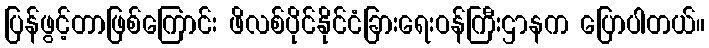
ပြန်ဖွင့်တာဖြစ်ကြောင်း ဖိလစ်ပိုင်နိုင်ငံခြားရေးဝန်ကြီးဌာနက ပြောပါတယ်။